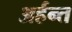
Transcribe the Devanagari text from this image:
अर्हन्त